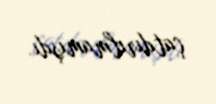
çatdırılmamışdı.